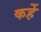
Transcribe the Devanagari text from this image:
कर्हे